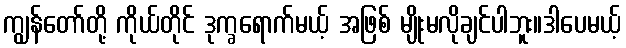
ကျွန်တော်တို့ ကိုယ်တိုင် ဒုက္ခရောက်မယ့် အဖြစ် မျိုးမလိုချင်ပါဘူး။ဒါပေမယ့်